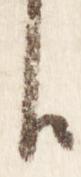
臣